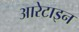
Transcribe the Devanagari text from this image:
आरेटाइन